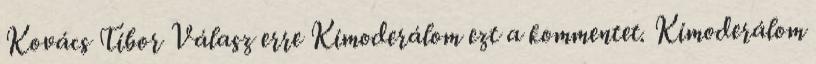
Kovács Tibor Válasz erre Kimoderálom ezt a kommentet. Kimoderálom